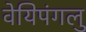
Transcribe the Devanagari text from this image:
वेयिपंगलु